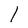
Character: I